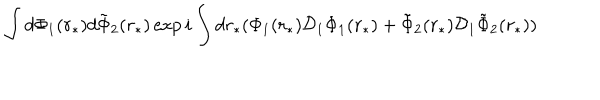
LaTeX: \int d \Phi _ { 1 } ( r _ { * } ) d \tilde { \Phi } _ { 2 } ( r _ { * } ) \exp { i \int d r _ { * } ( \Phi _ { 1 } ( r _ { * } ) { \cal D } _ { 1 } \Phi _ { 1 } ( r _ { * } ) + \tilde { \Phi } _ { 2 } ( r _ { * } ) { \cal D } _ { 1 } \tilde { \Phi } _ { 2 } ( r _ { * } ) ) }